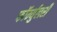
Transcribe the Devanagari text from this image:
फॉर्म्युलरी